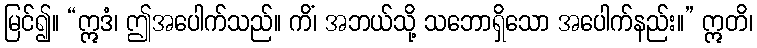
မြင်၍။ “ဣဒံ၊ ဤအပေါက်သည်။ ကိံ၊ အဘယ်သို့ သဘောရှိသော အပေါက်နည်း။” ဣတိ၊